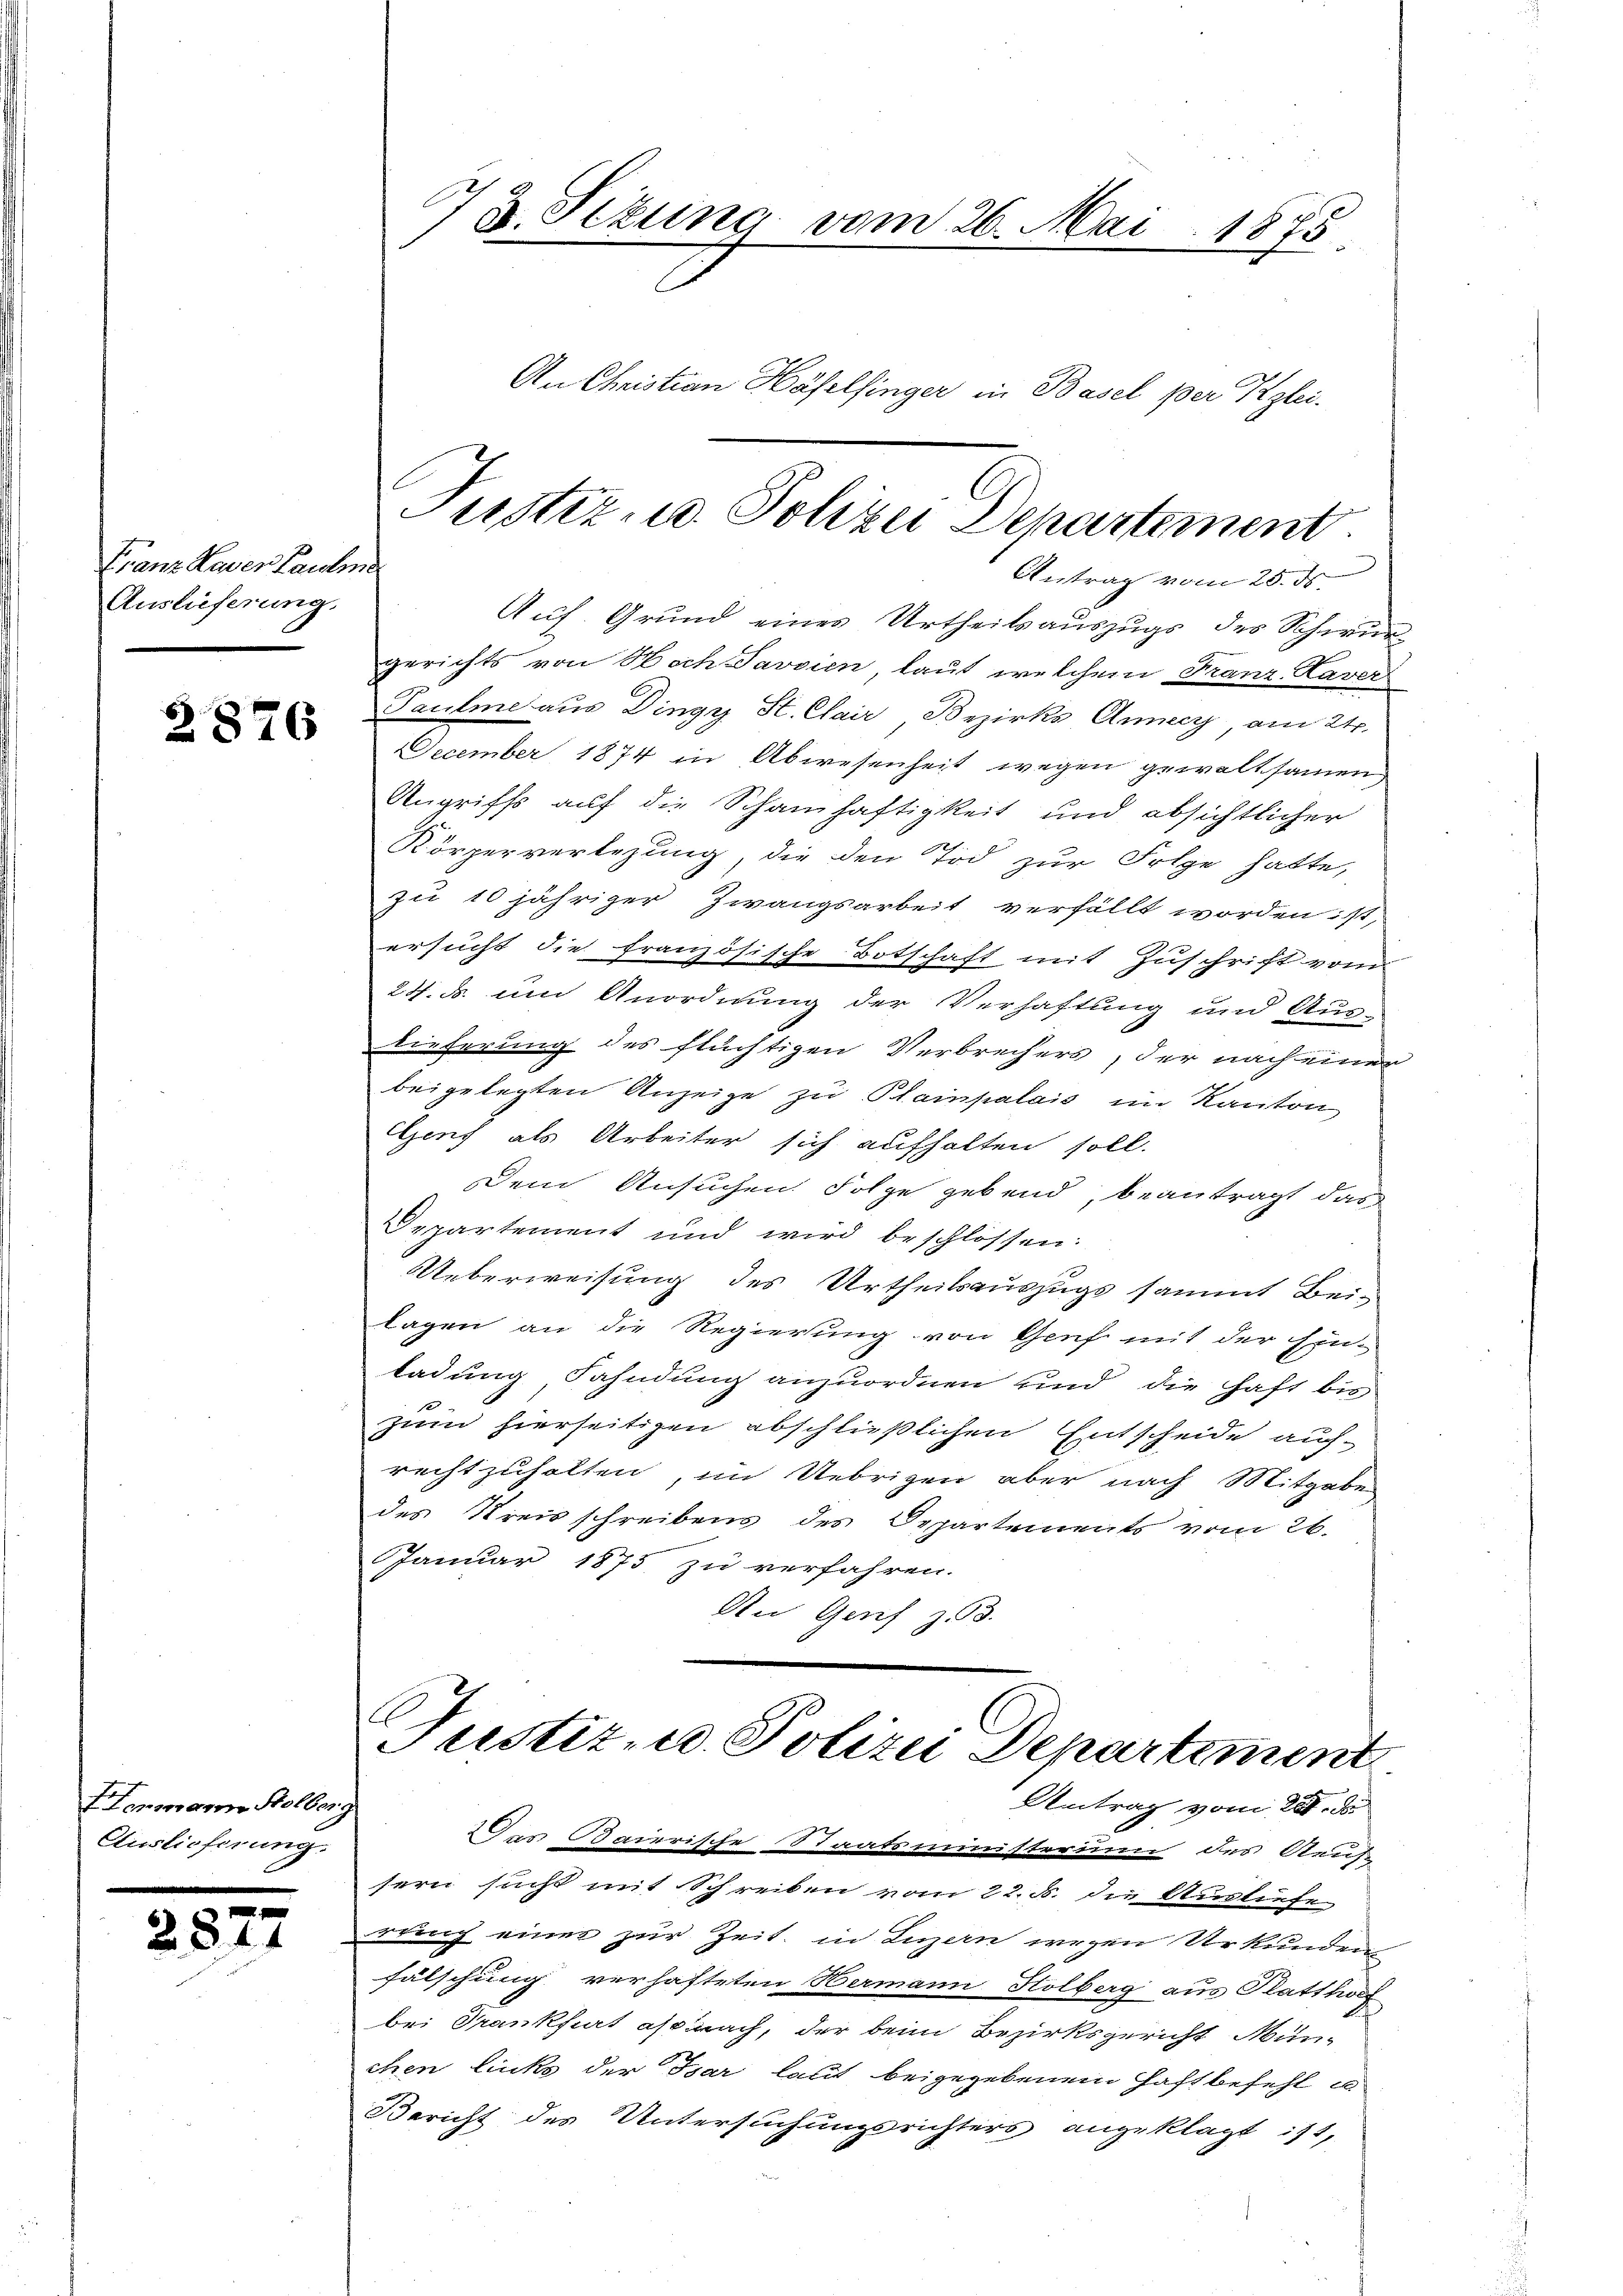
Franz Kaver Pauline
Auslieferung.

2876

Inmann Holberg
Auslieferung.

2577

78. Sizung vom 26. Mai 1875

Antrag vom 25. ds.
Auf Grund eines Urtheilsauszugs des Schwurgerichts von Hoch Savoien, laut welchem Franz-Havers
Taume aus Dingy St. Clair Bezirks Anney, am 24.
December 1874 in Abwesenheit wegen gewaltsamen
Angriffs auf die Schamhaftigkeit und absichtlicher
Körperverlegung, die den Tod zur Folge hatte,
zu 10 jähriger Zwangsarbeit verfällt worden ist,
ersucht die französische Botschaft mit Zuschrift vom
24. ds. um Anordnung der Verhaftung und Aus-
lieferung des flüchtigen Verbrechers, der nach einer
beigelegten Anzeige zu Pampalais im Kanton
Gens als Arbeiter sich aufhalten soll.
Dem Ansuchen Folge gebend, beantragt das
Departement und wird beschlossen:
Ueberweisung des Urtheilsauszugs sammt Bei-
lagen an die Regierung von Genf mit der Ein-
ladung Fahndung anzuordnen und die Haft bis
zum hierseitigen abschließlichen Entscheide auchrechtzuhalten, im Uebrigen aber nach Mitgabe
des Kreisschreibens des Departements vom 26.
Januar 1875 zu verfahren.
An Genf z. 93.

An Christian Häfelsinger in Basel per Klei

Justiz- u. Polizei Departement.

C
Justiz- u. Polizei Departement
Antrag vom 22. d

2 des Baierische Staatsministerum des Aeuf-
sern sucht mit Schreiben vom 22. d. die Ausliefe
rung einer zur Zeit, in Luzern wegen Urkunden
fälschung verhafteten Hermann Kolberg aus Platthaf
bei Trankfurt ist nach, der beim Bezirksgericht München linke der Bar laut beigegebenem Haftbefehl u
Bericht des Untersuchungsrichters angeklagt :11,